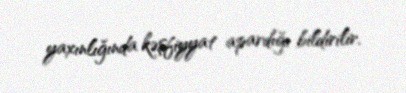
yaxınlığında kəşfiyyat apardığı bildirilir.